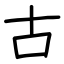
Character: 古